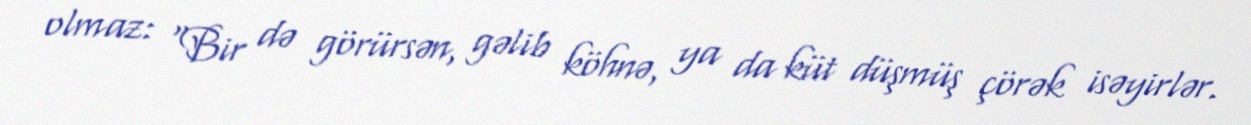
olmaz: “Bir də görürsən, gəlib köhnə, ya da küt düşmüş çörək isəyirlər.